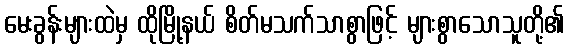
မေးခွန်းများထဲမှ ထိုမြို့နယ် စိတ်မသက်သာစွာဖြင့် များစွာသောသူတို့၏